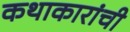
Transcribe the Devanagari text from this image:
कथाकारांची